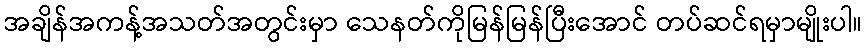
အချိန်အကန့်အသတ်အတွင်းမှာ သေနတ်ကိုမြန်မြန်ပြီးအောင် တပ်ဆင်ရမှာမျိုးပါ။